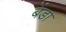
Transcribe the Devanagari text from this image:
बेंडा